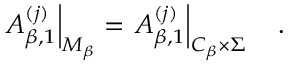
\left. A _ { \beta , 1 } ^ { ( j ) } \right| _ { { \cal M } _ { \beta } } = \left. A _ { \beta , 1 } ^ { ( j ) } \right| _ { { \cal C } _ { \beta } \times \Sigma } ~ ~ ~ .